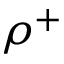
\rho ^ { + }